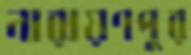
নারায়ণপুর